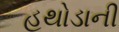
હથોડાની